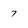
Character: 7